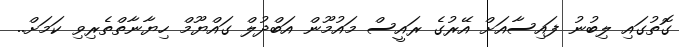
ގޮތުގައި ލިބުނު ފައިސާއަށް އޭރުގެ ރައީސް މައުމޫން އަބްދުލް ގައްޔޫމް ހިޔާނާތްތެރިވި ކަމަށް..